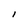
Character: l